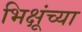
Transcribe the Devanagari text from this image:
भिक्षूंच्या